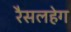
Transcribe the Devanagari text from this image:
रैसलहेग